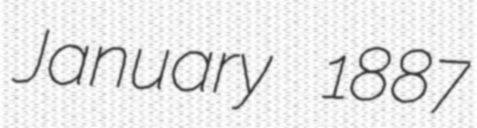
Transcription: January 1887